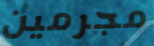
مجرمين